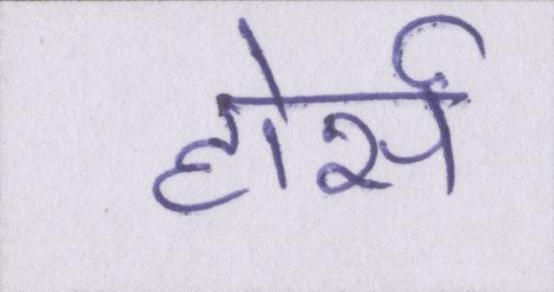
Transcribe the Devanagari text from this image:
होर्स